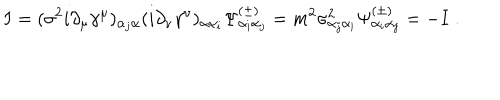
I = ( \sigma ^ { 2 } i \partial _ { \mu } \gamma ^ { \mu } ) _ { \alpha _ { j } \alpha } ( i \partial _ { \nu } \gamma ^ { \nu } ) _ { \alpha \alpha _ { i } } \Psi _ { \alpha _ { i } \alpha _ { j } } ^ { ( \pm ) } = m ^ { 2 } \sigma _ { \alpha _ { j } \alpha _ { i } } ^ { 2 } \Psi _ { \alpha _ { i } \alpha _ { j } } ^ { ( \pm ) } = - I \; .